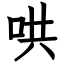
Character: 哄